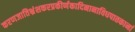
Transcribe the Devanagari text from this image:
करणजातिभ्रंशकरप्रकीर्णकादिनानाविधपातकानां